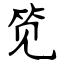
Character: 笕